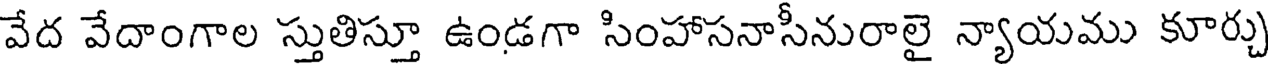
వేద వేదాంగాల స్తుతిస్తూ ఉండగా సింహాసనాసీనురాలై న్యాయము కూర్చు